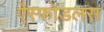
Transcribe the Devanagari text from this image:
ऐस्फोडलस